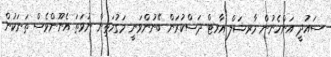
ސައުދީ އަންހެނުން މާރޝަލް އާރޓް ދަސްކުރަން ބޭނުންވަނީ މަގުމަތިން ނުވަތަ އެނޫންވެސް ތަނަކުން